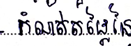
កំណត់តម្លៃនៃ